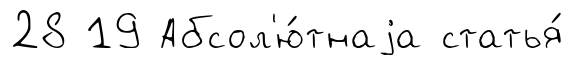
28 19 Абсол'ю́тнаjа статья́